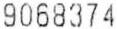
9068374